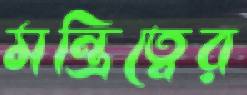
মন্ত্রিত্বের